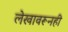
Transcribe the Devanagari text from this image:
लेखावरूनही